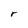
Character: r